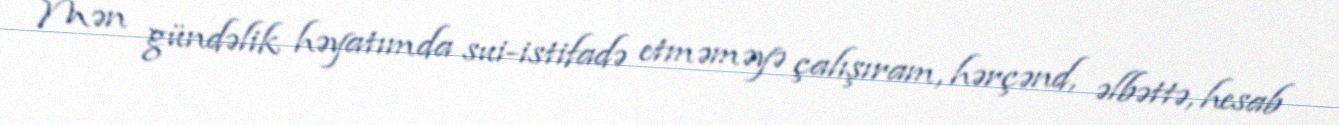
Mən gündəlik həyatımda sui-istifadə etməməyə çalışıram, hərçənd, əlbəttə, hesab